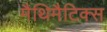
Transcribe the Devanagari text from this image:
मैथिमैटिक्स